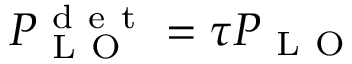
P _ { \mathrm { ~ L ~ O ~ } } ^ { \mathrm { ~ d ~ e ~ t ~ } } = \tau P _ { \mathrm { ~ L ~ O ~ } }